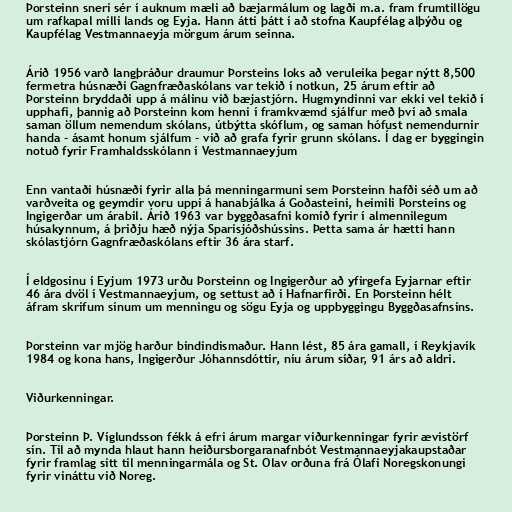
Þorsteinn sneri sér í auknum mæli að bæjarmálum og lagði m.a. fram frumtillögu
um rafkapal milli lands og Eyja. Hann átti þátt í að stofna Kaupfélag alþýðu og
Kaupfélag Vestmannaeyja mörgum árum seinna.

Árið 1956 varð langþráður draumur Þorsteins loks að veruleika þegar nýtt 8,500
fermetra húsnæði Gagnfræðaskólans var tekið í notkun, 25 árum eftir að
Þorsteinn bryddaði upp á málinu við bæjastjórn. Hugmyndinni var ekki vel tekið í
upphafi, þannig að Þorsteinn kom henni í framkvæmd sjálfur með því að smala
saman öllum nemendum skólans, útbýtta skóflum, og saman hófust nemendurnir
handa - ásamt honum sjálfum - við að grafa fyrir grunn skólans. Í dag er byggingin
notuð fyrir Framhaldsskólann í Vestmannaeyjum

Enn vantaði húsnæði fyrir alla þá menningarmuni sem Þorsteinn hafði séð um að
varðveita og geymdir voru uppi á hanabjálka á Goðasteini, heimili Þorsteins og
Ingigerðar um árabil. Árið 1963 var byggðasafni komið fyrir í almennilegum
húsakynnum, á þriðju hæð nýja Sparisjóðshússins. Þetta sama ár hætti hann
skólastjórn Gagnfræðaskólans eftir 36 ára starf.

Í eldgosinu í Eyjum 1973 urðu Þorsteinn og Ingigerður að yfirgefa Eyjarnar eftir
46 ára dvöl í Vestmannaeyjum, og settust að í Hafnarfirði. En Þorsteinn hélt
áfram skrifum sínum um menningu og sögu Eyja og uppbyggingu Byggðasafnsins.

Þorsteinn var mjög harður bindindismaður. Hann lést, 85 ára gamall, í Reykjavík
1984 og kona hans, Ingigerður Jóhannsdóttir, níu árum síðar, 91 árs að aldri.

Viðurkenningar.

Þorsteinn Þ. Víglundsson fékk á efri árum margar viðurkenningar fyrir ævistörf
sín. Til að mynda hlaut hann heiðursborgaranafnbót Vestmannaeyjakaupstaðar
fyrir framlag sitt til menningarmála og St. Olav orðuna frá Ólafi Noregskonungi
fyrir vináttu við Noreg.